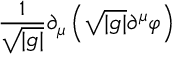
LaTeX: \frac { 1 } { \sqrt { | g | } } \partial _ { \mu } \left( \sqrt { | g | } \partial ^ { \mu } \varphi \right)